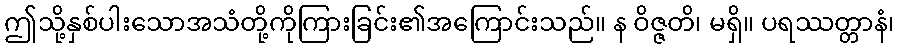
ဤသို့နှစ်ပါးသောအသံတို့ကိုကြားခြင်း၏အကြောင်းသည်။ န ဝိဇ္ဇတိ၊ မရှိ။ ပရဿတ္တာနံ၊